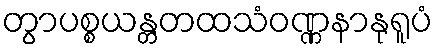
တွာပစ္စယန္တတထသံဝဏ္ဏနာနုရူပံ